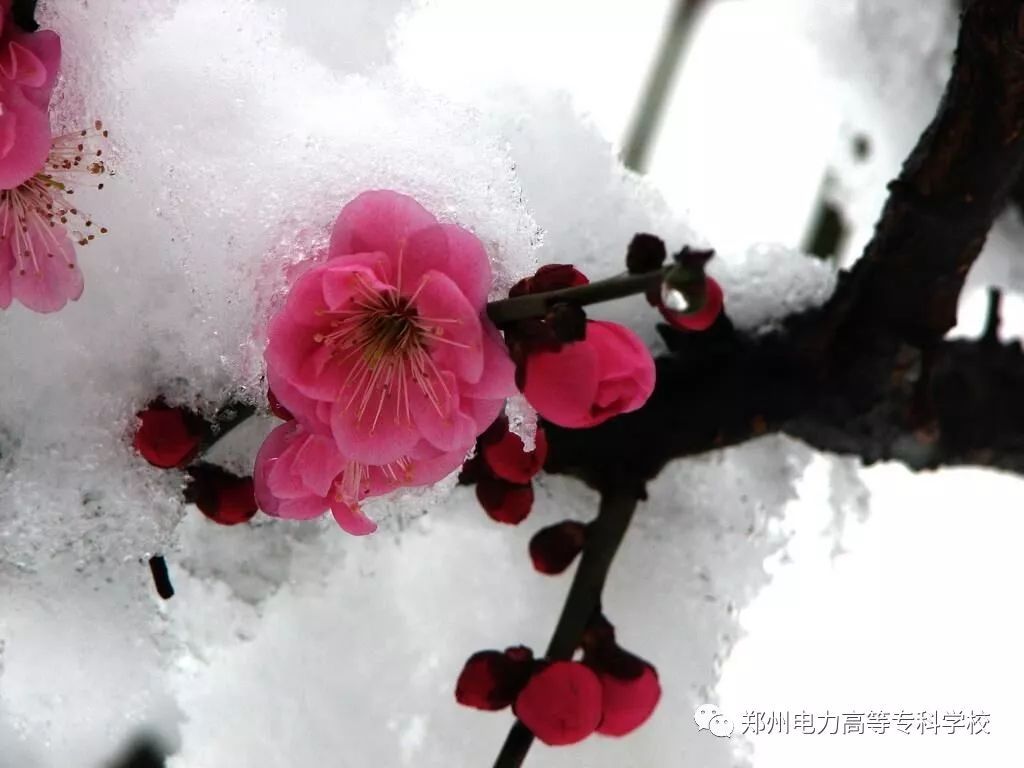
梅花散彩向空山，雪花随意穿帘幕。